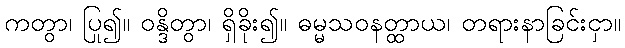
ကတွာ၊ ပြု၍။ ဝန္ဒိတွာ၊ ရှိခိုး၍။ ဓမ္မသဝနတ္ထာယ၊ တရားနာခြင်းငှာ။